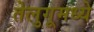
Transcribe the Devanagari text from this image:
तेलुगूमध्ये